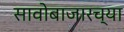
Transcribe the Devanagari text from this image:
सावोबाजारच्या